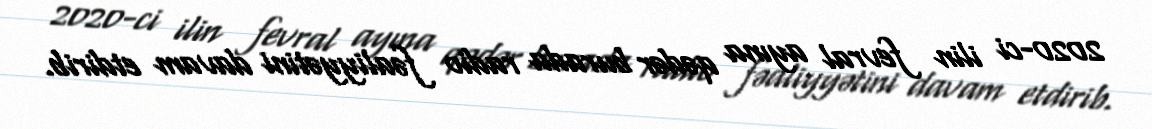
2020-ci ilin fevral ayına qədər burada radio fəaliyyətini davam etdirib.